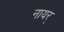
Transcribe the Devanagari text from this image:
नायर्